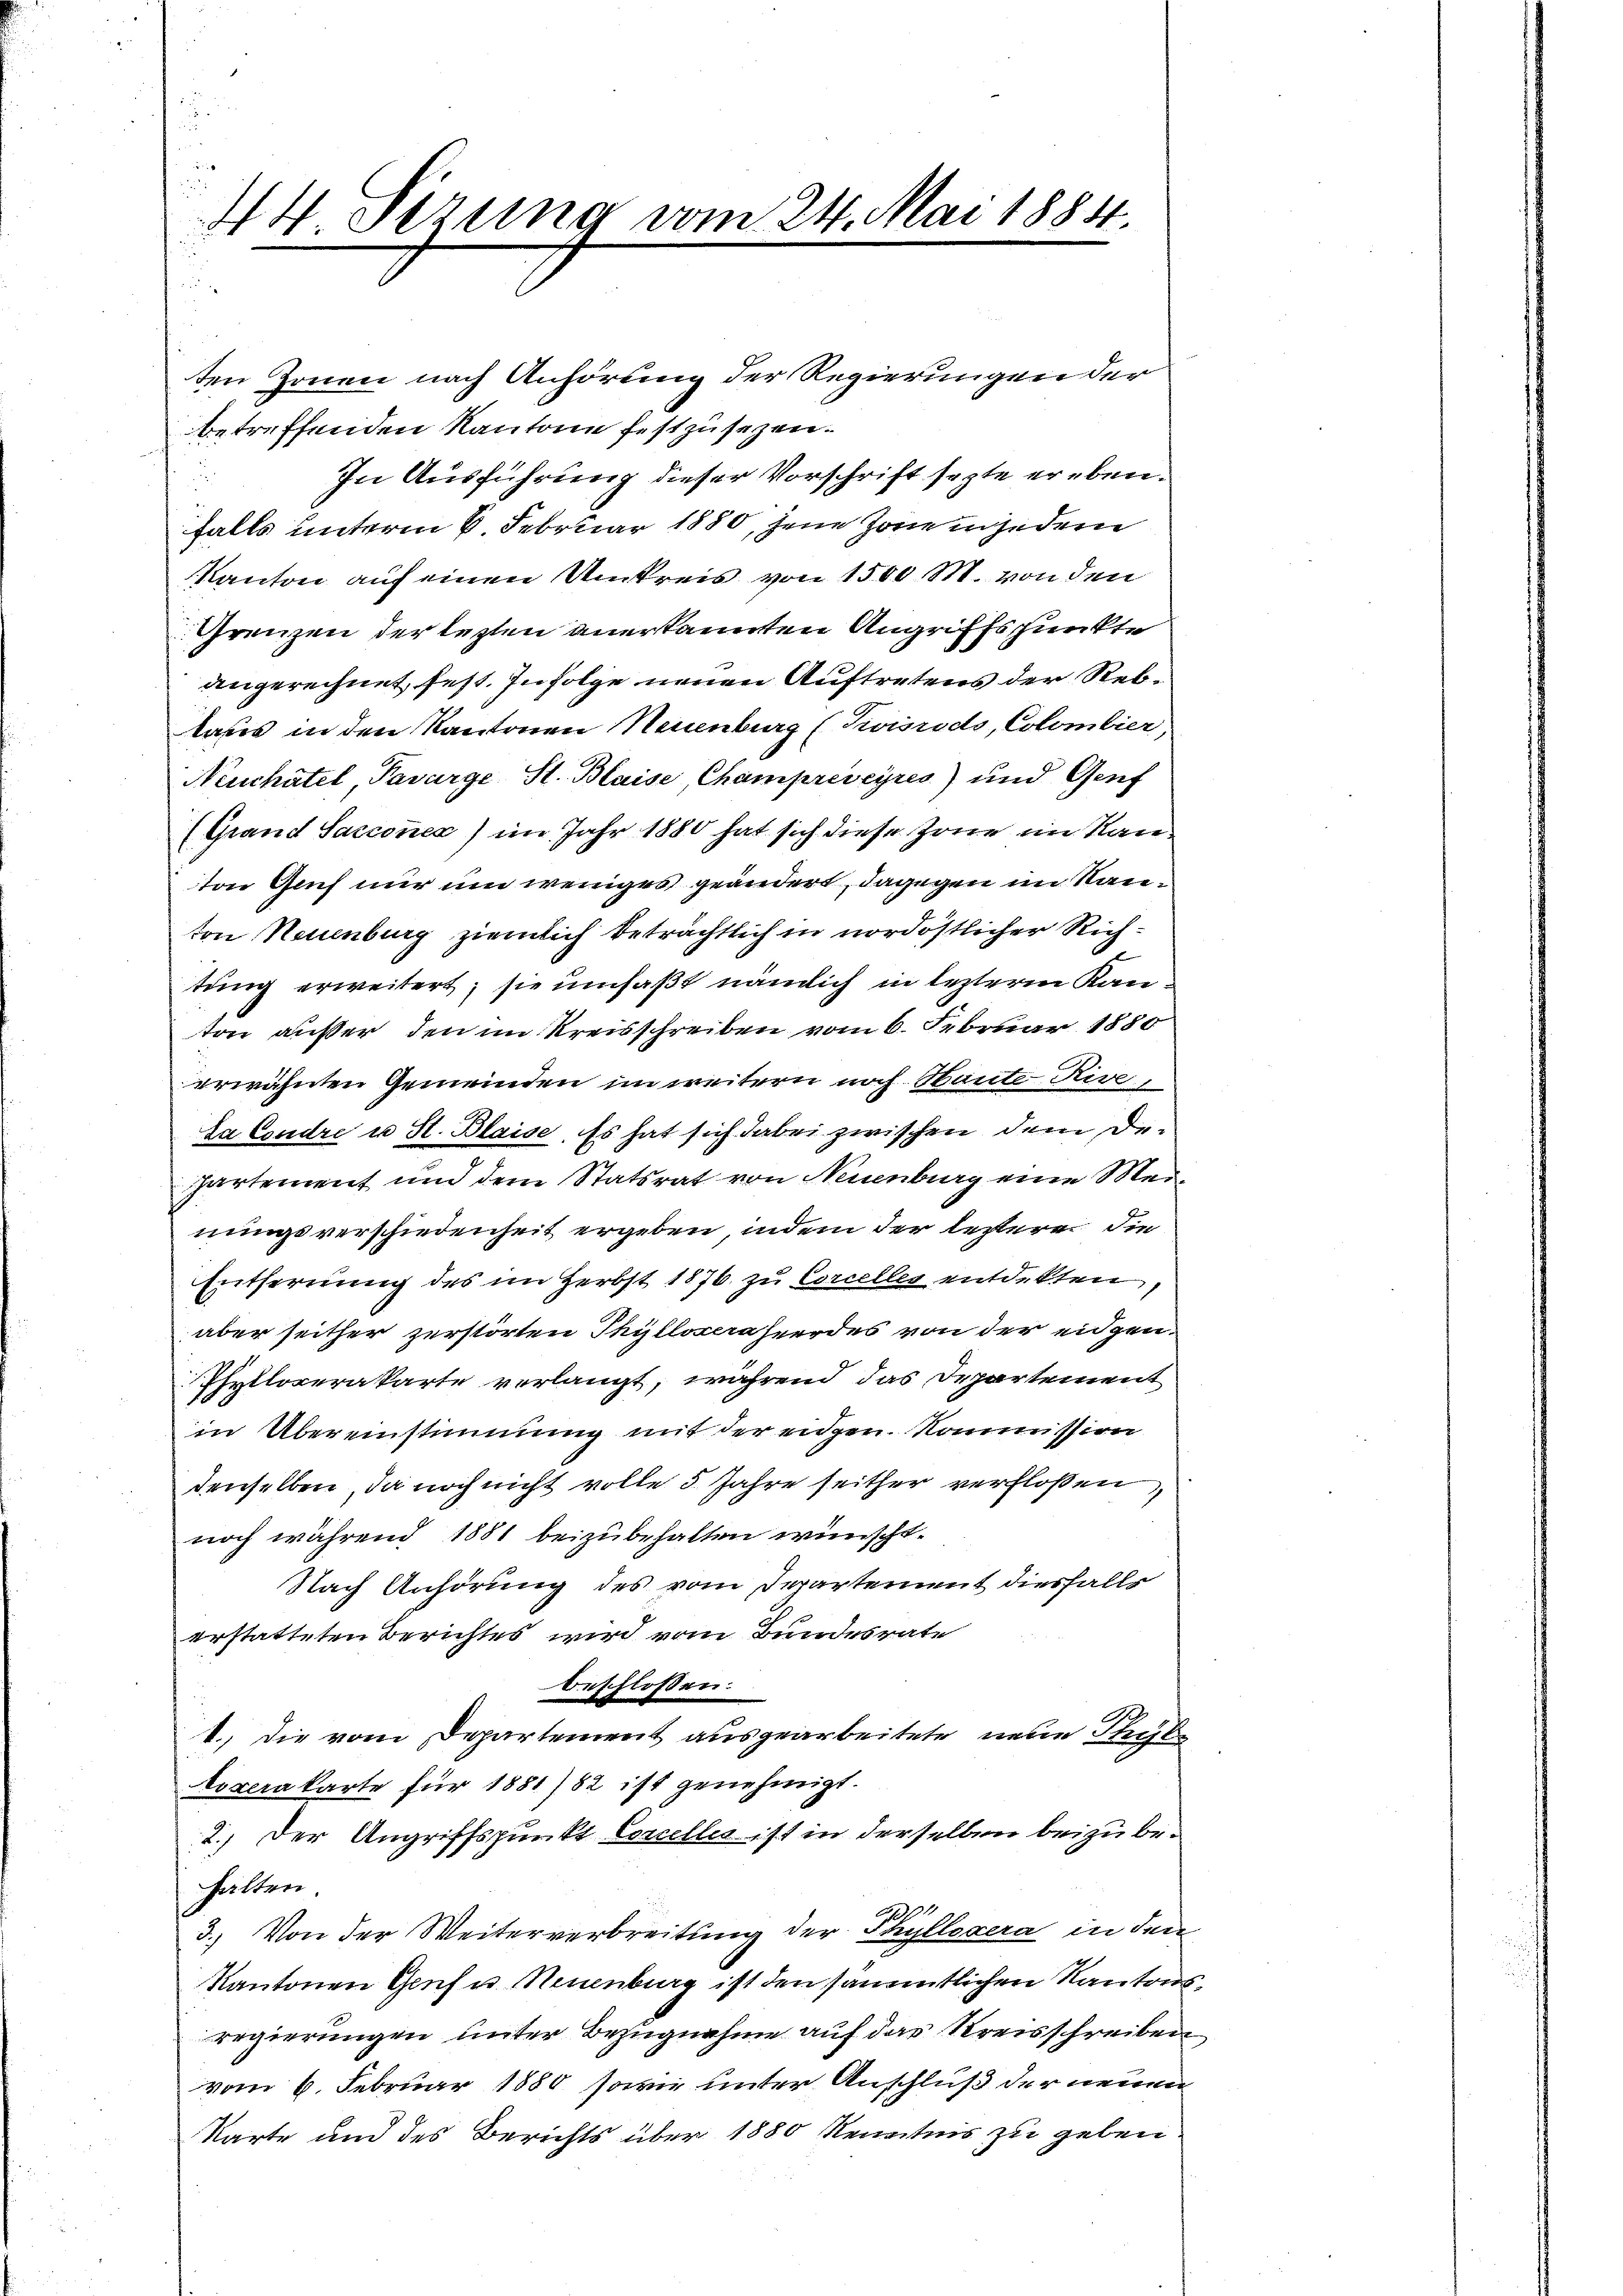
.
44 Serung vom 24. Mai 1884.
u

ten Zonen nach Anhörung der Regierungen der
betreffenden Kantone festzusetzen.
In Ausführung dieser Vorschrift sezte er ebenfalls unterm 6. Februar 1880, jene Jonen jedem
Kanton auf einen Umkreis von 1500 M. von den
Grenzen der lezten anerkannten Angriffspunkte
angerechnet fest. In Folge neuen Auftretens der Rebtaus in den Kantonen Neuenburg (Tinido, Colombier,
Neuchâtel, Pavarge St. Blaise, Champreseyres) und Genf
(Grand Sacconer) im Jahr 1880 hat sich diese Zone im Kanton Genf nur um weniges geändert, dagegen im Kanton Neuenburg ziemlich beträchtlich in nordöstlicher Richtung erweitert; sie umfaßt nämlich in lezteren Kanton außer, den im Kreisschreiben vom 6. Februar 1880
erwähnten Gemeinden im weitern noch Haute Rive,
La Condre u St. Blaise. Es hat sich dabei zwischen dem Departement und dem Statsrat von Neuenburg eine Meinungsverschiedenheit ergeben, indem der leztere die
Entfernung des im Herbst 1876 zu Corcelles entdekten,
aber seither zerstörten Thyllocaheerdes von der eidgen.
Phylloverakarte verlangt, während das Departement
in Übereinstimmung mit der eidgen. Kommission
denselben, da noch nicht volle 5 Jahre seither verfloßen,
noch während 1881 beizubehalten wünscht.
Nach Anhörung des vom Departement diesfalls
erstatteten Berichtes wird vom Bundesrate
beschloßen:
1.) Die vom Departement ausgearbeitete neue Stube
boxerakarte für 1881/82 ist genehmigt.
2.) Der Angriffspunkt Concelles ist in derselben beizubehalten.
29
3.) Von der Weiterverbreitung der Thyllexera in den
Kantonen Genf u Neuenburg ist den sämmtlichen Kanton
regierungen unter Bezugnahme auf das Kreisschreiben
vom 6. Februar 1880 sowie unter Anschluß der neuen
Karte und des Berichts über 1880 Kenntnis zu geben

.